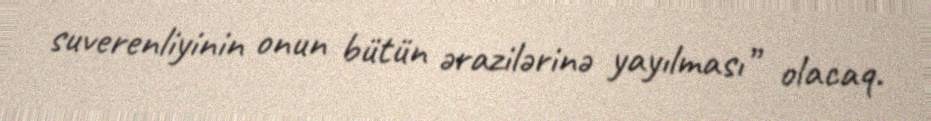
suverenliyinin onun bütün ərazilərinə yayılması” olacaq.